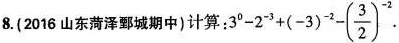
8.(2016山东菏泽鄄城期中)计算：$$3 ^ { 0 } - 2 ^ { - 3 } + ( - 3 ) ^ { - 2 } - ( \frac { 3 } { 2 } ) ^ { - 2 }$$.